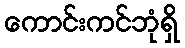
ကောင်းကင်ဘုံရှိ